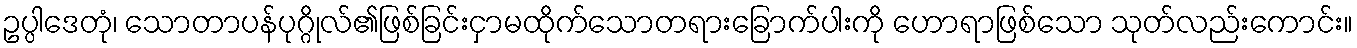
ဥပ္ပါဒေတုံ၊ သောတာပန်ပုဂ္ဂိုလ်၏ဖြစ်ခြင်းငှာမထိုက်သောတရားခြောက်ပါးကို ဟောရာဖြစ်သော သုတ်လည်းကောင်း။